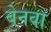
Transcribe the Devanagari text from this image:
बेनवा